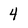
Character: 4